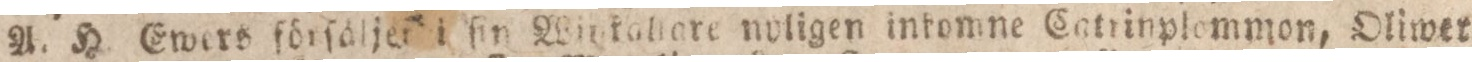
A. H. Ewers förfäljer i fin Winkaliare nyligen intomne Catrinplemmon, Oliwer